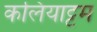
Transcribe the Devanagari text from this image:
कलियाट्टम